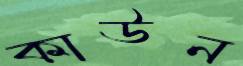
কাউন